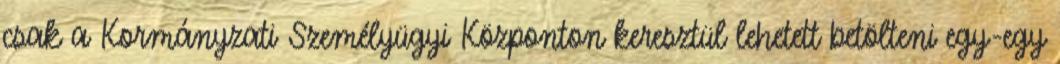
csak a Kormányzati Személyügyi Központon keresztül lehetett betölteni egy-egy